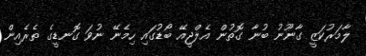
ލާމަރުކަޒީ ގާނޫނު ބުނާ ގޮތުން އެލްޖީއޭ ބޯޑުގައި ހިމެނޭ ނުވަ ގޮނޑީގެ ތެރެއިން